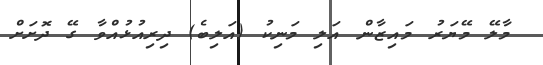
މާލޭ މޭޔަރު މައިޒާން އަލި މަނިކު (އަލިބެ) ދިރިއުޅުއްވާ ގޭ ދޮށަށް